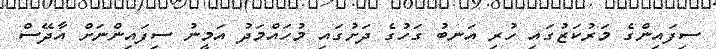
ސިފައިންގެ މަރުކަޒުގައި ހުރި އަނބު ގަހުގެ ދަށުގައި މުހައްމަދު އަމީނު ސިފައިންނަށް އާދޭސް